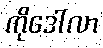
ကိုဒေါ်လာ